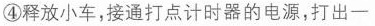
④释放小车，接通打点计时器的电源，打出一